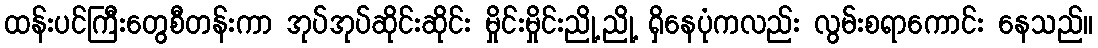
ထန်းပင်ကြီးတွေစီတန်းကာ အုပ်အုပ်ဆိုင်းဆိုင်း မှိုင်းမှိုင်းညို့ညို့ ရှိနေပုံကလည်း လွမ်းစရာကောင်း နေသည်။